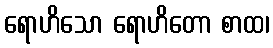
ရောဟိသော ရောဟိတော စာထ၊